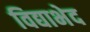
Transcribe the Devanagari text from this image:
विद्याभेद